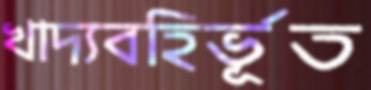
খাদ্যবহির্ভূত